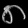
Digit: ၈